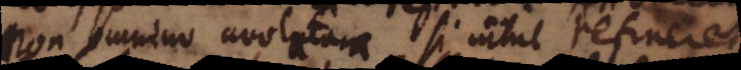
non omnino avolatura si nihil retineret,